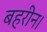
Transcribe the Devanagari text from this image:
बहरीन।